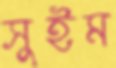
সুইম